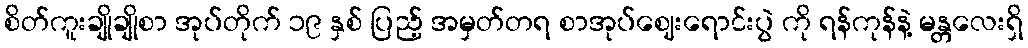
စိတ်ကူးချိုချိုစာ အုပ်တိုက် ၁၉ နှစ် ပြည့် အမှတ်တရ စာအုပ်ဈေးရောင်းပွဲ ကို ရန်ကုန်နဲ့ မန္တလေးရှိ